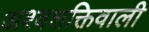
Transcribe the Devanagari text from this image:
अश्वशक्तिवाली